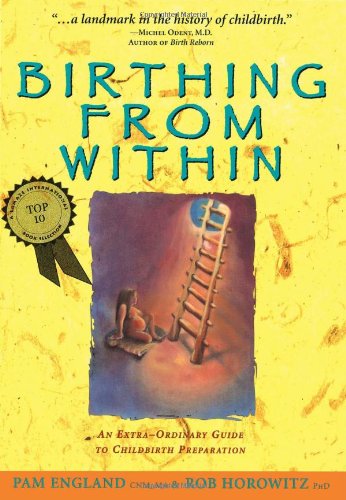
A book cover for Birthing from Within: An Extra-Ordinary Guide to Childbirth Preparation; Pam England; Parenting & Relationships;